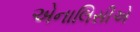
એનાલિસીએ